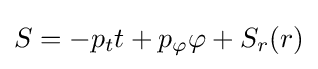
S=-p_{t}t+p_{\varphi }\varphi +S_{r}(r)